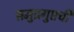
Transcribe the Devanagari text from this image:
समुद्रगुप्तची